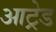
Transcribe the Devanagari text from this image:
आट्रेड